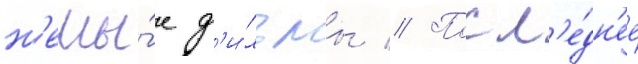
н'емы́е ф'и́льмы // Посл'е́дн'ее